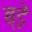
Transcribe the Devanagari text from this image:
ब्ड़े